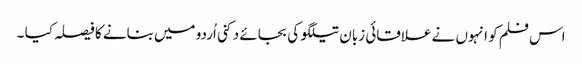
اس فلم کو انہوں نے علاقائی زبان تیلگو کی بجائے دکنی اُردو میں بنانے کا فیصلہ کیا ۔